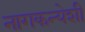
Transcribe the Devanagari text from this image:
नागकन्येशी